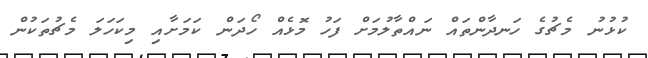
ކުޅުނު މެޗުގެ ހަނދާންތައް ނައްތާލުމަށް ފަހު މޮޅެއް ހޯދަން ކަމަށާއި މިކަހަލަ މެޗުތަކުން